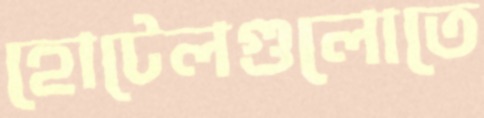
হোটেলগুলোতে